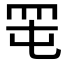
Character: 𦊉